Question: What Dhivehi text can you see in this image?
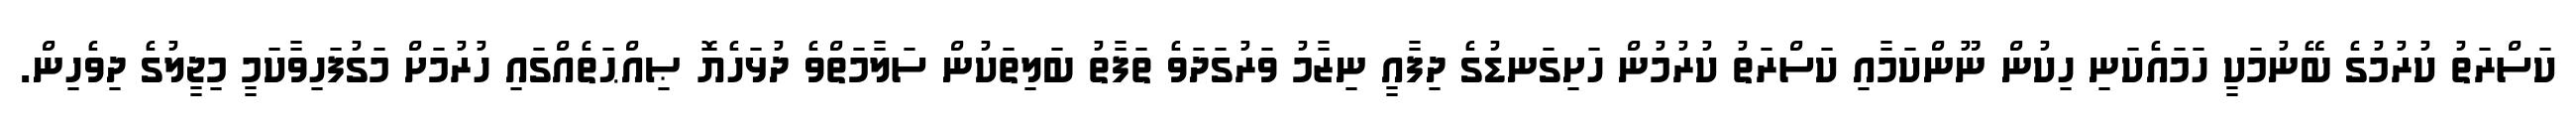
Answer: ކަސްރަތު ކުރުމުގެ ބޭނުމަކީ ހަމައެކަނި ހިކުން ނޫންކަމާއި ކަސްރަތު ކުރުމުން ހަށިގަނޑުގެ ދިފާއީ ނިޒާމު ވަރުގަދަވެ ތަފާތު ބަލިތަކުން ސަލާމަތްވެ ދުޅަހެޔޮ ޞިއްޙަތެއްގައި ހުރުމަށް މަގުފަހިވާކަމީ މިޖީލުގެ ދިވެހިން.